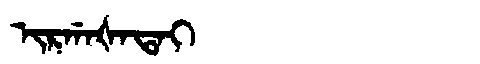
Manchu: ᡳᡵᡤᠠᡧᠠᡨᠠᡳ
Romanization: IRGAŠATAI